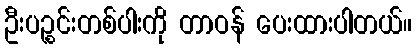
ဦးပဉ္စင်းတစ်ပါးကို တာဝန် ပေးထားပါတယ်။